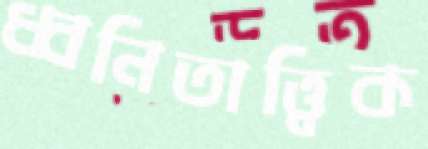
ধ্বনিতাত্ত্বিক